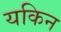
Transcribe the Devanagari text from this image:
यकिन